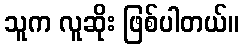
သူက လူဆိုး ဖြစ်ပါတယ်။